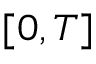
[ 0 , T ]